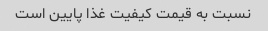
نسبت به قیمت کیفیت غذا پایین است